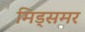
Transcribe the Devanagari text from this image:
मिड्‌समर